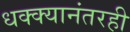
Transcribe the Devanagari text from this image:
धक्क्यानंतरही